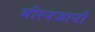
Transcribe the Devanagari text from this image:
मीरनजानी